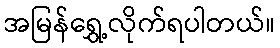
အမြန်ရွှေ့လိုက်ရပါတယ်။